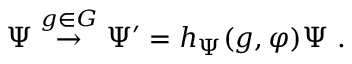
\Psi \stackrel { g \in G } { \to } \Psi ^ { \prime } = h _ { \Psi } ( g , \varphi ) \Psi ~ .